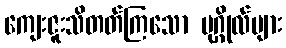
ကျေးဇူးသိတတ်ကြသော ပုဂ္ဂိုလ်များ